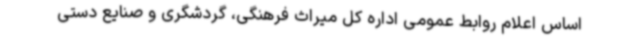
اساس اعلام روابط عمومی اداره کل میراث ‌فرهنگی، گردشگری و صنایع دستی